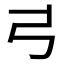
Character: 𢎜